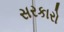
સરકારો